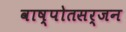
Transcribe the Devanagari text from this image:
वाष्पोतसर्जन